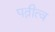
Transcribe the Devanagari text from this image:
पत्नीत्व